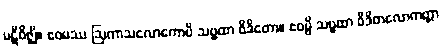
ပဋိဝိဇ္ဈိ။ ဧဝမဿ ဩကာသလောကောပိ သဗ္ဗထာ ဝိဒိတော။ ဧဝမ္ပိ သဗ္ဗထာ ဝိဒိတလောကတ္တာ